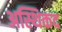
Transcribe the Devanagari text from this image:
अस्थिकद